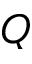
Q